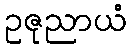
ဥဇုညာယံ